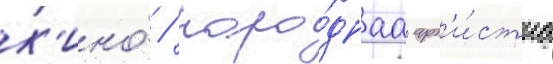
к'ино́ / наро́днаа арт'и́стка